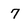
Character: 7